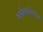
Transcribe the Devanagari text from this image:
असेबसंबोधत